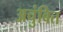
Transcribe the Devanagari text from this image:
अचुंबित